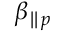
\beta _ { \parallel p }